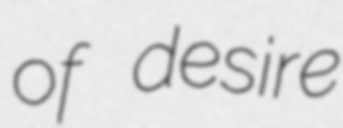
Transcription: of desire